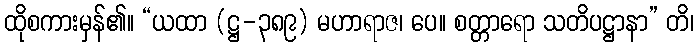
ထိုစကားမှန်၏။ “ယထာ (ဋ္ဌ-၃၈၉) မဟာရာဇ၊ ပေ။ စတ္တာရော သတိပဋ္ဌာနာ” တိ၊